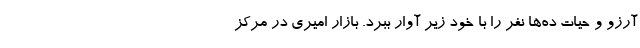
آرزو و حیات ده‌ها نفر را با خود زیرِ آوار ببرد. بازار امیری در مرکز